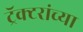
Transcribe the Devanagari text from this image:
ट्रॅक्टरांच्या